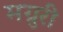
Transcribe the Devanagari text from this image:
मग्रुरी